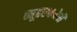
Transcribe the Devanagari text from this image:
व्यूहरचनेची